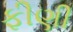
ફીણી